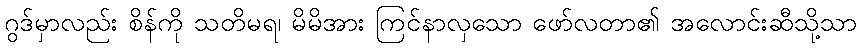
ဂွဒ်မှာလည်း စိန်ကို သတိမရ၊ မိမိအား ကြင်နာလှသော ဖော်လတာ၏ အလောင်းဆီသို့သာ